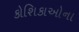
કોશિકાઓના